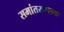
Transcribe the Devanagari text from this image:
समांतरफलक